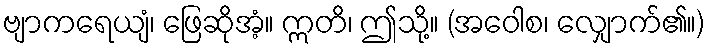
ဗျာကရေယျံ၊ ဖြေဆိုအံ့။ ဣတိ၊ ဤသို့။ (အဝေါစ၊ လျှောက်၏။)